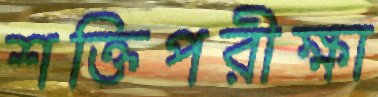
শক্তিপরীক্ষা